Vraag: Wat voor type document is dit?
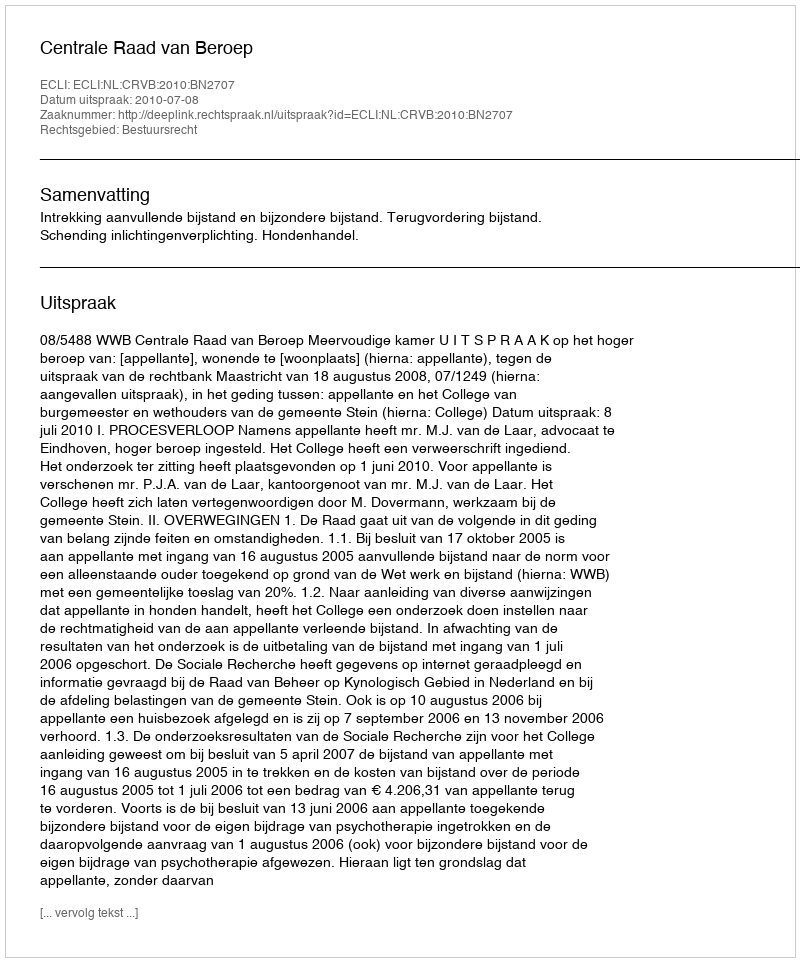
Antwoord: Uitspraak